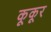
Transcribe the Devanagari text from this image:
कूकूर